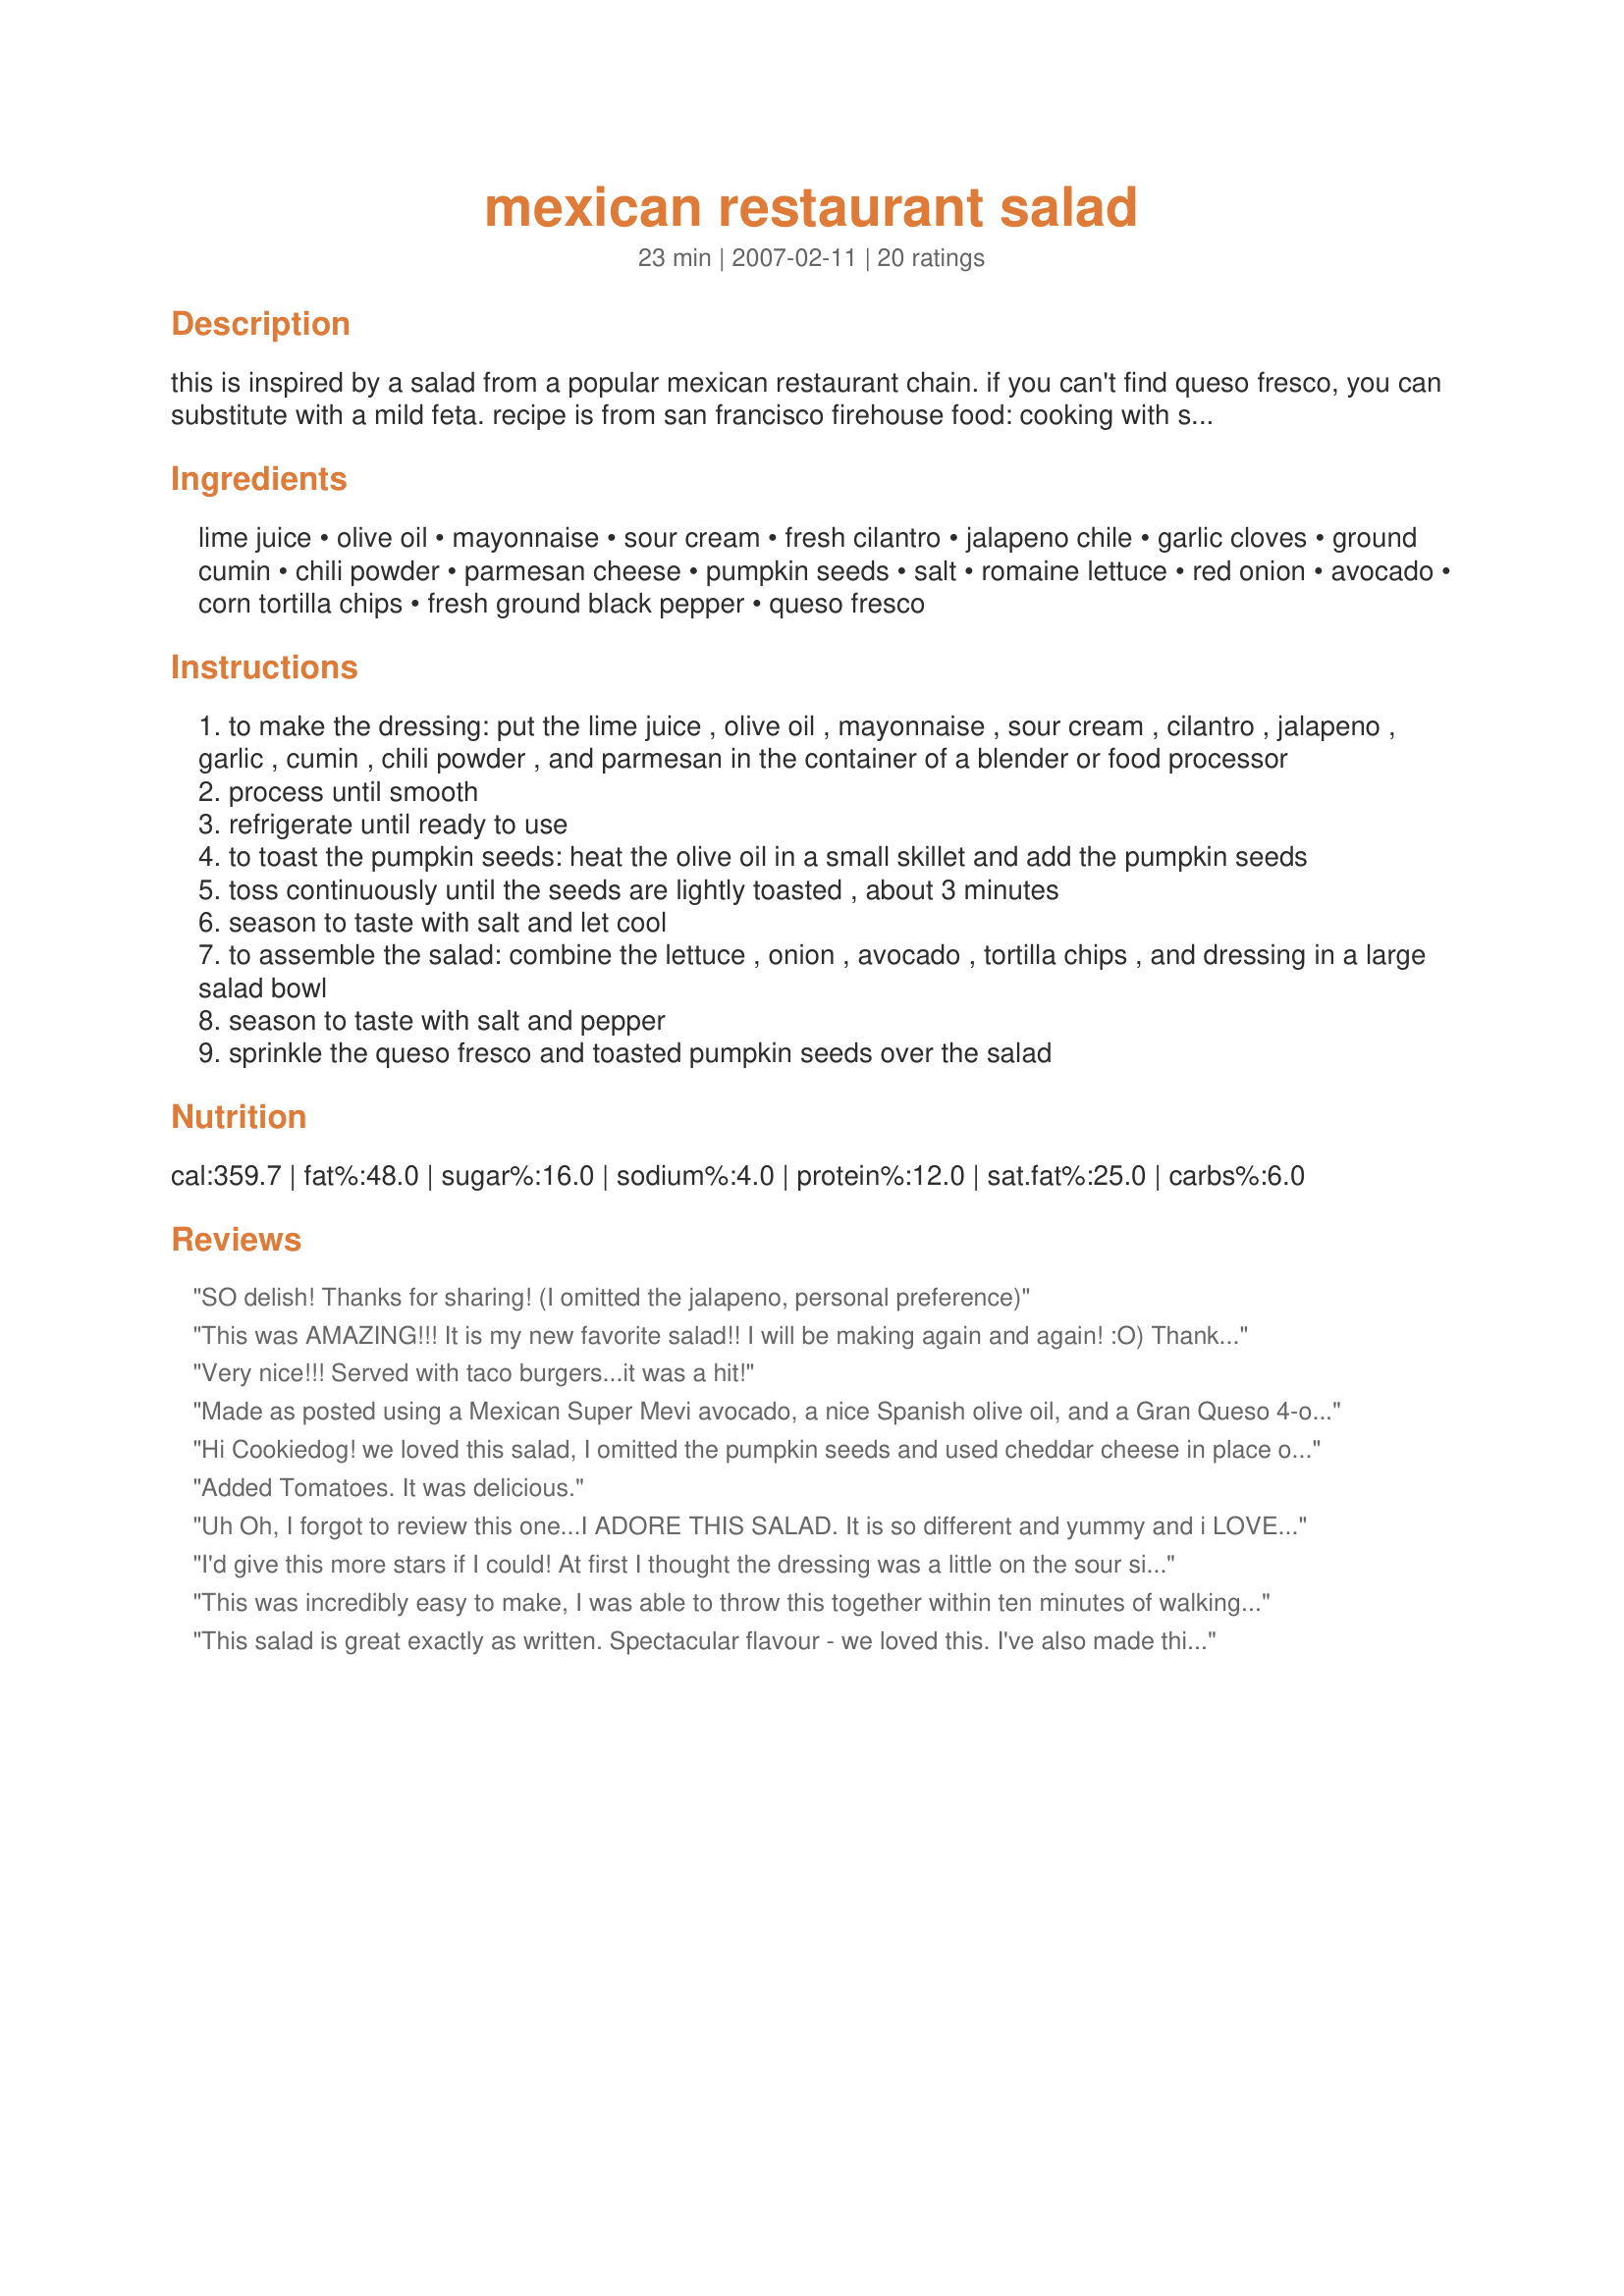
mexican restaurant salad
Preparation time: 23 minutes

this is inspired by a salad from a popular mexican restaurant chain. if you can't find queso fresco, you can substitute with a mild feta. recipe is from san francisco firehouse food: cooking with san francisco's firefighters.

Ingredients:
lime juice, olive oil, mayonnaise, sour cream, fresh cilantro, jalapeno chile, garlic cloves, ground cumin, chili powder, parmesan cheese, pumpkin seeds, salt, romaine lettuce, red onion, avocado, corn tortilla chips, fresh ground black pepper, queso fresco

Steps:
to make the dressing: put the lime juice , olive oil , mayonnaise , sour cream , cilantro , jalapeno , garlic , cumin , chili powder , and parmesan in the container of a blender or food processor
process until smooth
refrigerate until ready to use
to toast the pumpkin seeds: heat the olive oil in a small skillet and add the pumpkin seeds
toss continuously until the seeds are lightly toasted , about 3 minutes
season to taste with salt and let cool
to assemble the salad: combine the lettuce , onion , avocado , tortilla chips , and dressing in a large salad bowl
season to taste with salt and pepper
sprinkle the queso fresco and toasted pumpkin seeds over the salad

Reviews:
SO delish! Thanks for sharing! (I omitted the jalapeno, personal preference)
This was AMAZING!!! It is my new favorite salad!! I will be making again and again! :O) Thanks so much for sharing.
Very nice!!! Served with taco burgers...it was a hit!
Made as posted using a Mexican Super Mevi avocado, a nice Spanish olive oil, and a Gran Queso 4-oz mini. Super good, and will make again but will add another avocado, yep, I like them that much. Made for the Bodacious Brickhouse Babes, ZWT5.
Hi Cookiedog! we loved this salad, I omitted the pumpkin seeds and used cheddar cheese in place of the queso fresco (I have never used that cheese lol!) we really enjoyed the dressing, I plan on making this again soon, thanks!...Kitten:)
Added Tomatoes. It was delicious.
Uh Oh, I forgot to review this one...I ADORE THIS SALAD. It is so different and yummy and i LOVE the dressing and the combo of ingredients. I use green onion instead of red and in a pinch, i've used sunflower seeds if I can't make it to the right store for the pumpkin seeds. Thank you SOOOO much for posting. I plan Mexican and Tex Mex nights just so I can have this salad!
I'd give this more stars if I could! At first I thought the dressing was a little on the sour side -- but after I left it sit in the refrigerator for a while, the flavors really blended together and it was wonderful! I didn't use the queso fresco -- I didn't see it at the grocery store, so I used some crumbled goat cheese and it was awesome. The pumpkin seeds really add to the salad. I forgot to buy the jalapeno chili -- but I had a jar of sliced jalapenos in the fridge and used about 5 slices. It was just right -- not too spicy, but the "kick" was still there. This is an excellent salad and will go with all kinds of meals -- not just Mexican. I'm really glad I tried this, Cookiedog -- it's a winner.
This was incredibly easy to make, I was able to throw this together within ten minutes of walking in the house from work as I had all the ingredients already. Okay, just two substitutions: I used lemon juice instead of lime, and I used a local white cheese instead of queso fresco (tzfatit cheese, for any Israelis wanting to make this). I whipped up the dressing with my hand blender. Bing, bang, supper! Thanks, now I just have to convince myself that since it's salad, it's diet food, right?????
This salad is great exactly as written. Spectacular flavour - we loved this. I've also made this substituting sunflower seeds for the pumpkin seeds and that was delicious as well. Thanks for posting!
Great salad. The dressing is nicely seasoned.
Yummy. I wouldn't change a thing. Well, ok I did find if you let the salad dressing blend for at least 4 hours - the taste is better.
I&#039;m not a big fan of salads, but this was pretty good and very much enjoyed by everyone this Thanksgiving. I tweaked the dressing a bit because it tasted strangely bitter, but otherwise it had good flavor. The queso fresco and pepitas were perfect in this.
I made this for the Epicurean Queens for ZWT 5 and it is fantastic. Serve this with your next southwest meal and you'll have a wonderful dinner. I found pumpkin seeds at my grocery store already roasted and salted so that made putting the salad together even easier. This one is a keeper!
I made half a recipe and thought it was great. Served the salad with Recipe #235007, Recipe #31639 and a cheese quesadilla.
I was really wondering about that jalapeno, worried that the dressing would end up too spicy for the wussy tastebuds at dinner, but it really did not. I used something more than 1/2 a head of romaine and that was enough for the two of us, but I went ahead and made the entire dressing recipe, used all the pumpkin seeds and an entire avocado. I forgot the tortilla chips, even though they were sitting right there in the kitchen. Even without them, the salad was excellent. I'm thinking this dressing might be nice drizzled over cold chicken in a sandwich.
Yum, good hit! Followed the directions exactly.
Super salad! Definitely 5 star. A bit higher than my usual low fat fare, though I did reduce the oil to less than 1 tablespoon and subbed water for the rest of the oil and used low fat yogurt instead of sour cream and oil based low fat mayo. BF even ate some avocado although he claims he hates it, and instead of pumpkin seed I used toasted sunflower seeds (easier to find and I happened to have some). We cut the recipe in half and ate all of it. Thanks! Very pleased, made for ZWT 5.
Yum! I cut the recipe in half and added some olives and red bell pepper. Loved it! Thanks! Made for the Epicurean Queens-ZWT 2009.
Absolutely awesome! Love the creamy cilantro dressing.
